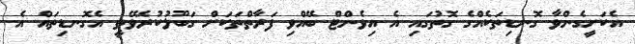
އެކަށީގެންވާ ގޮނޑިތަކެއްގެ ގޮތުގައި އެ އިވެންޓް ބޭއްވި ފަރާތްތަކަށް ގަބޫލުކުރެވޭތީ އެގޮނޑިތައް އެ